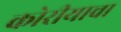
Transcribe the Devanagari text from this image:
कोरीयाचा